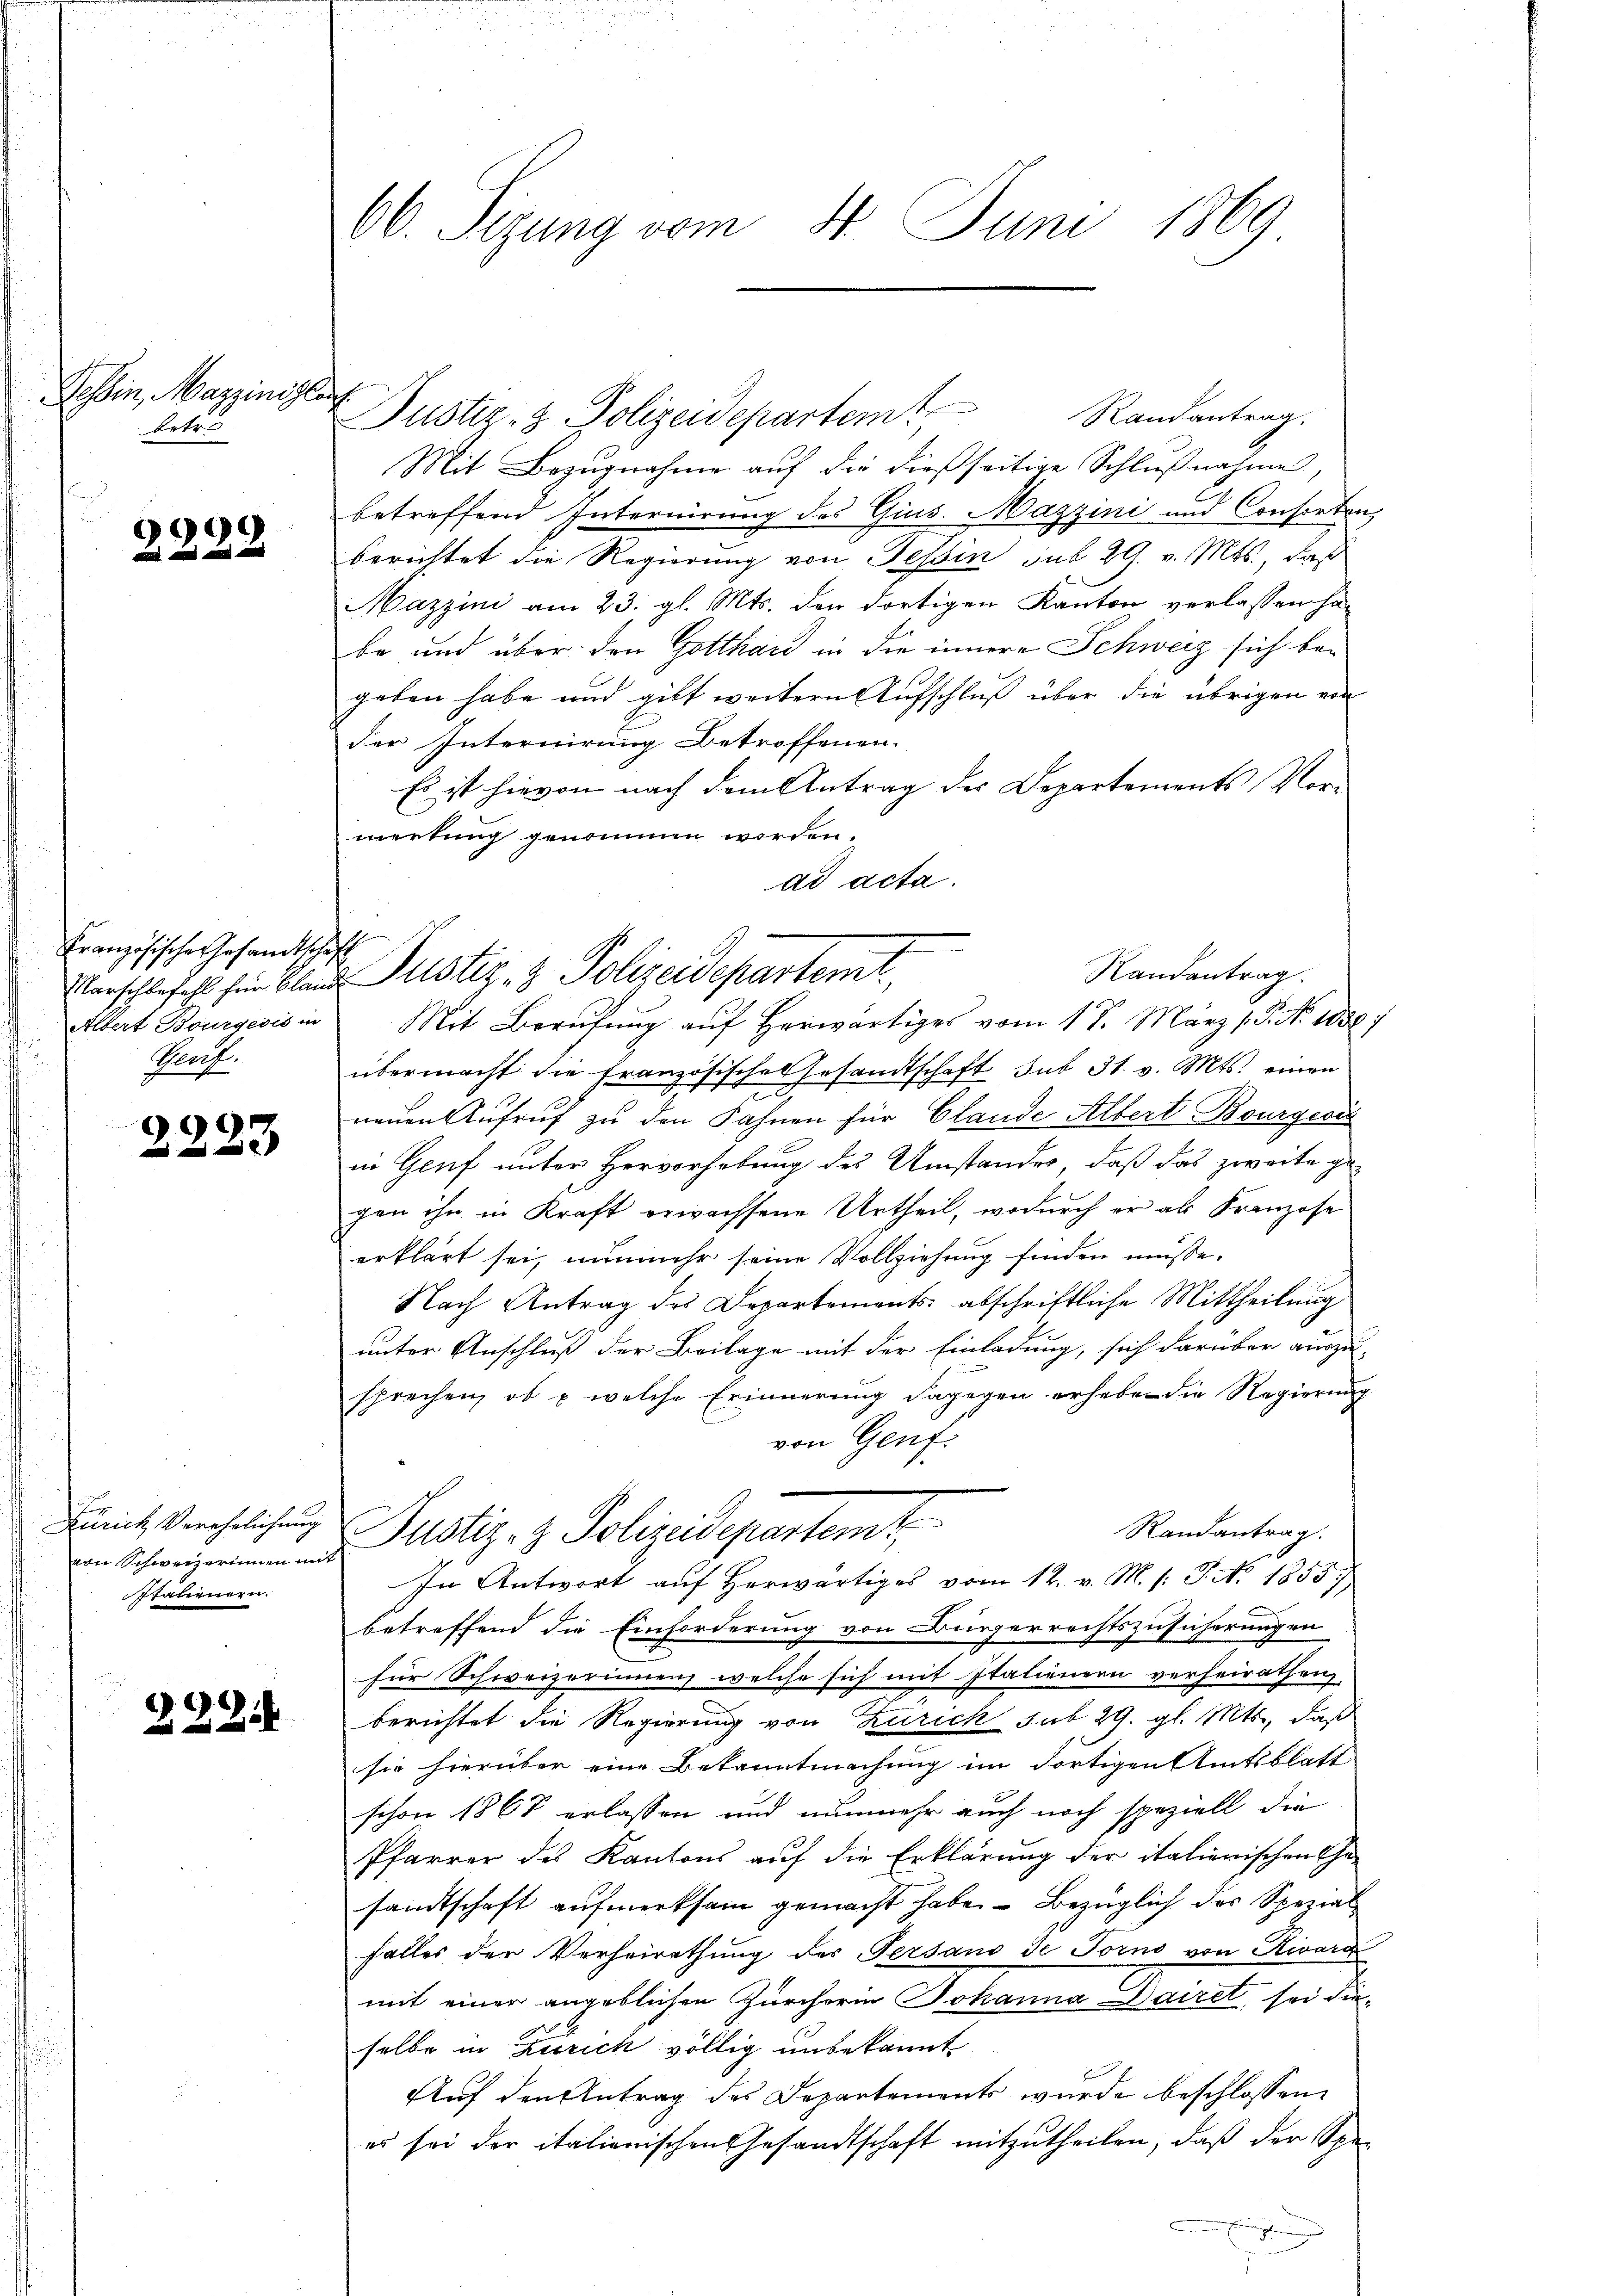
Tessin, Marzinsler
betr.

9
222

Französische Gesandtsche,
Albert Bourgeois in
Prof.

2223

Zürich Verehelichung
von Schweizerinnen mit
staternern.

222.

06. Sizung vom 14. Juni 1869

Mit Bezugnahme auf die dießseitige Schlußnahme,
betreffend Internirung des Gius. Magini und Consorten,
berichtet die Regierung von Tessin sub 29. v. Mts., daß
Mazzini am 23. gl. Mts. den dortigen Kanton verlassen ha-
be und über den Gotthard in die innere Schweiz sich bei
geben habe und gilt weitern Aufschluß über die übrigen von
der Internirung Betroffenen.
Es ist hievon nach dem Antrag der Departements Vor-
merkung genommen worden.
ad acta.
Mit Berufung aŭf herwärtiges vom 17. März (S. No 1088)
übermacht die Französisches Gesandtschaft sub 31. v. Mts. einen
e
neŭen Aŭfrŭf zŭ den Fahnen für Claude Albert Bourgeri
in Genf unter Hervorhebung des Umstandes, daß das zweite gegen ihn in Kraft erwachsene Urtheil, wodurch er als Franzose
erklärt sei, nunmehr seine Vollziehung finden müsse.
Nach Antrag des Departements abschriftliche Mittheilung
unter Anschluß der Beilage mit der Einladung, sich darüber auszu-
sprechen, ob u. welche Erinnerung dagegen erheben die Regierung
von Genf.
Randantrag.
Justiz- & Polizeidepartemt
In Antwort auf herwärtiges vom 12. v. M. h. T. N. 18557,
betreffend die Einforderung von Bürgerrechtszusicherungen
für Schweizerinnen, welche sich mit Italienern verheirathen,
berichtet die Regierung von Zürich sub 29. gl. Mts., daß
sie hierüber eine Bekanntmachung im dortigen Amtsblatt
schon 1868 erlassen und nunmehr auch noch speziell die
Pfarrer des Kantons auf die Erklärung der italienischen Ehe-
sandtschaft aufmerksam gemacht habe. — Bezüglich der Spezial
falles der Verheirathung des Persano de Forno von Rivard
mit einer angeblichen Zürcherin Johanna Dairet, sei dieselbe in Zürich völlig unbekannt
Auf den Antrag des Departements wurde beschlossen
es sei der italienischen Gesandtschaft mitzutheilen, daß der Spe¬

u Justiz- & Polizeidepartem Randantrag.

h
Randantrag.
Marschlefehl für Bland Justiz- & Polizeidepartemt